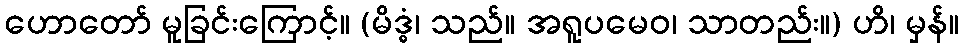
ဟောတော် မူခြင်းကြောင့်။ (မိဒ္ဓံ၊ သည်။ အရူပမေဝ၊ သာတည်း။) ဟိ၊ မှန်။